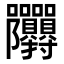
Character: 𭍙